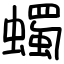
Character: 蠋